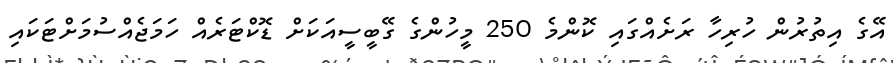
އޭގެ އިތުރުން ހުރިހާ ރަށެއްގައި ކޮންމެ 250 މީހުންގެ ގޭބީސީއަކަށް ޑޮކްޓަރެއް ހަމަޖެއްސުމަށްޓަކައި